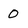
Character: 0